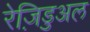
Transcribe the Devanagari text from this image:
रेज़िडुअल